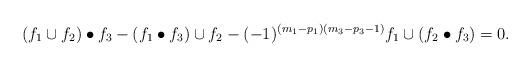
LaTeX: \begin{align*}(f_1\cup f_2)\bullet f_3-(f_1\bullet f_3)\cup f_2-(-1)^{(m_1-p_1)(m_3-p_3-1)}f_1\cup (f_2\bullet f_3)=0.\end{align*}